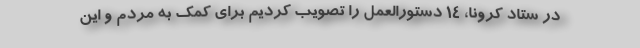
در ستاد کرونا، 14 دستورالعمل را تصویب کردیم برای کمک به مردم و این